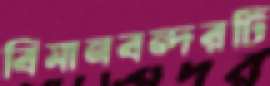
বিমানবন্দরটি